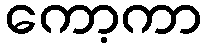
ကော့ကာ